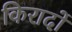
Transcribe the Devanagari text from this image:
किरादों